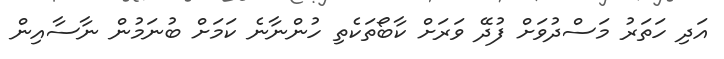
އަދި ހަތަރު މަސްދުވަށް ފުދޭ ވަރަށް ކާބޯތަކެތި ހުންނާނެ ކަމަށް ބުނަމުން ނާސާއިން